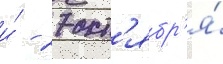
и́ - 27 окт'ябр'я́